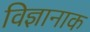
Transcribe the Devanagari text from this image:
विज्ञानाक